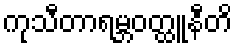
ကုသီတာရမ္ဘဝတ္ထူနီတိ